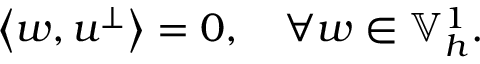
\left\langle w , u ^ { \perp } \right\rangle = 0 , \quad \forall w \in \mathbb { V } _ { h } ^ { 1 } .